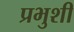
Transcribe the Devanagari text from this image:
प्रभुशी